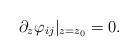
LaTeX: \begin{align*}\partial_z \varphi_{ij} \vert_{z=z_0} =0.\end{align*}